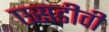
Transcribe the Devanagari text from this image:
एसडीवी